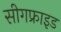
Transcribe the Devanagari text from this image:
सीगफ्राइड